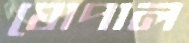
ঘোপাল